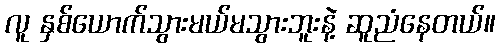
လူ နှစ်ယောက်သွားမယ်မသွားဘူးနဲ့ ဆူညံနေတယ်။